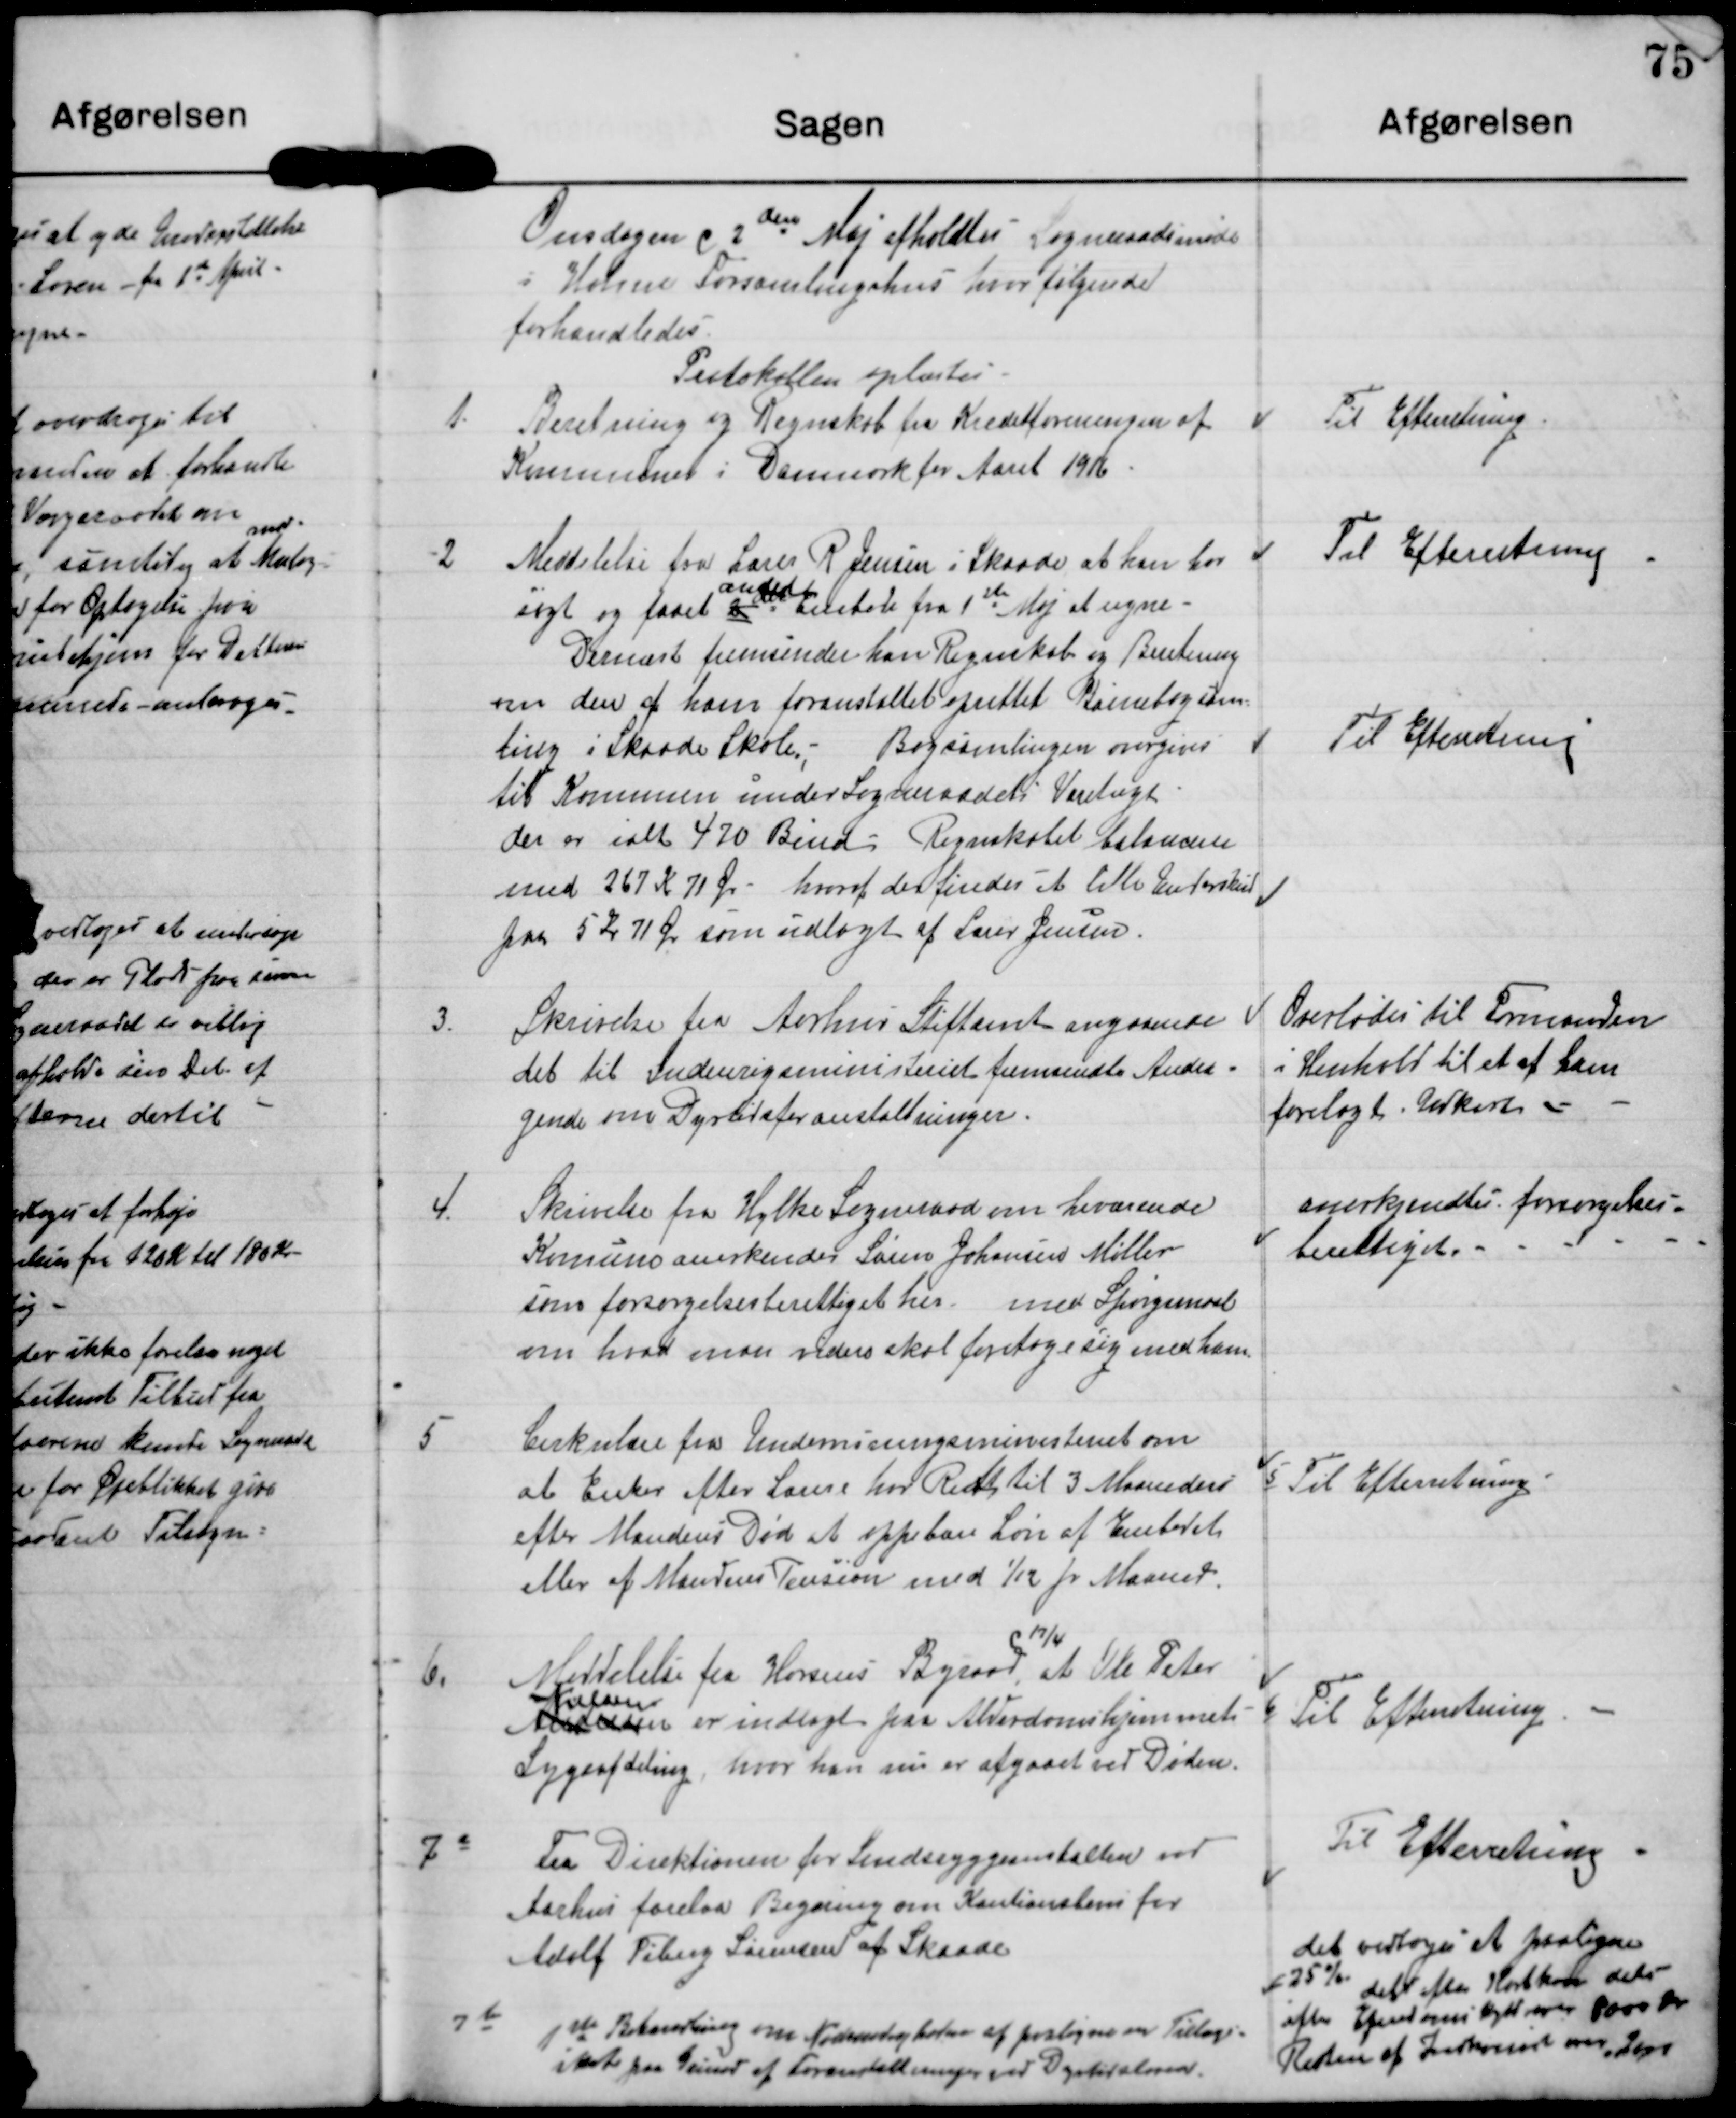
Transskription:
Onsdagen d 2den Maj afholdtes Sogneraadsmøde
i Holme Forsamlingshus hvor følgende
forhandledes

Protokollen oplæstes

1.
Beretning og Regnskab fra Kreditforeningen af
Kommuner i Danmark for Aaret 1916

Til Efterretning

Til Efterretning

2
Meddelelse fra Lærer R Jensen iSkaade at han har
søgt og faaet a andet Embede fra 1st Maj at regne.
Dernæst fremsender han Regnskab og Beretning
om den af ham foranstaltet oprettet Børnebog?
ting i Skaade Skole. Bogsamlingen overgives
til Kommunen under Sogneraadets Varetægt
der er ialt 470 Bind. Regnskabet balancerer
med 267 K 71 Ø - hvoraf der findes et lille Underskud
paa 5 Kr 71 Ø som udlagt af Lærer Jensen.

Til Efterretning

3. Skrivelse fra Aarhus Stiftamt angaaende
det til Indenrigsministeriet fremsendte Andra-
gende om Dyrtidsforanstaltninger.

Overlodes til Formanden
i Henhold til et af ham
forelagt Udkast.

4. Skrivelse fra Hylke Sogneraad om herværende
Kommune anerkender Søren Johannes Møller
som forsørgelsesberettiget her med Spørgsmaal
om hvad man videre skal foretage sig med ham

anerkjendtes forsørgelses-
berettiget.

5
Cirkulære fra Undervisningsministeriet om
at Enker efter Lærere har Ret til 3 Maaneder
efter Mandens Død at oppebære Løn af Embedet
eller af Mandens Pension med 1/12 pr Maaned.

5 Til Efterretning

6. Meddelelse fra Horsens Byraad d 17/4 at Ole Peter
Nielsen
Andersen er indlagt paa Alderdomshjemmets
Sygeafdeling hvor han nu er afgaaet ved Døden.

6 Til Efterretning

Til Efterretning

7 a
Fra Direktionen for Sindssyggeanstalten ved
Aarhus forelaa Begæring om Kautionslån for
Adolf Piberg Sørensen af Skaade.

det vedtoges at paaligne
25% dels for Hartkorn dels
efter Ejendomsskyld over 8000 Kr.
Resten af Indkomst over 2000.

7 b
1st Behandling om Nødvendigheden af paaligne en Tillægs-
Skat paa Grund af Foranstaltningen ved Dyrtidsloven